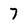
Character: 7